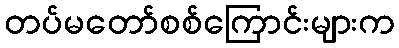
တပ်မတော်စစ်ကြောင်းများက